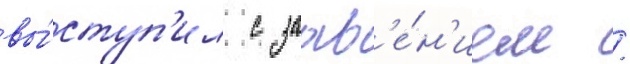
вы́ступ'ил с заавл'е́н'ием /